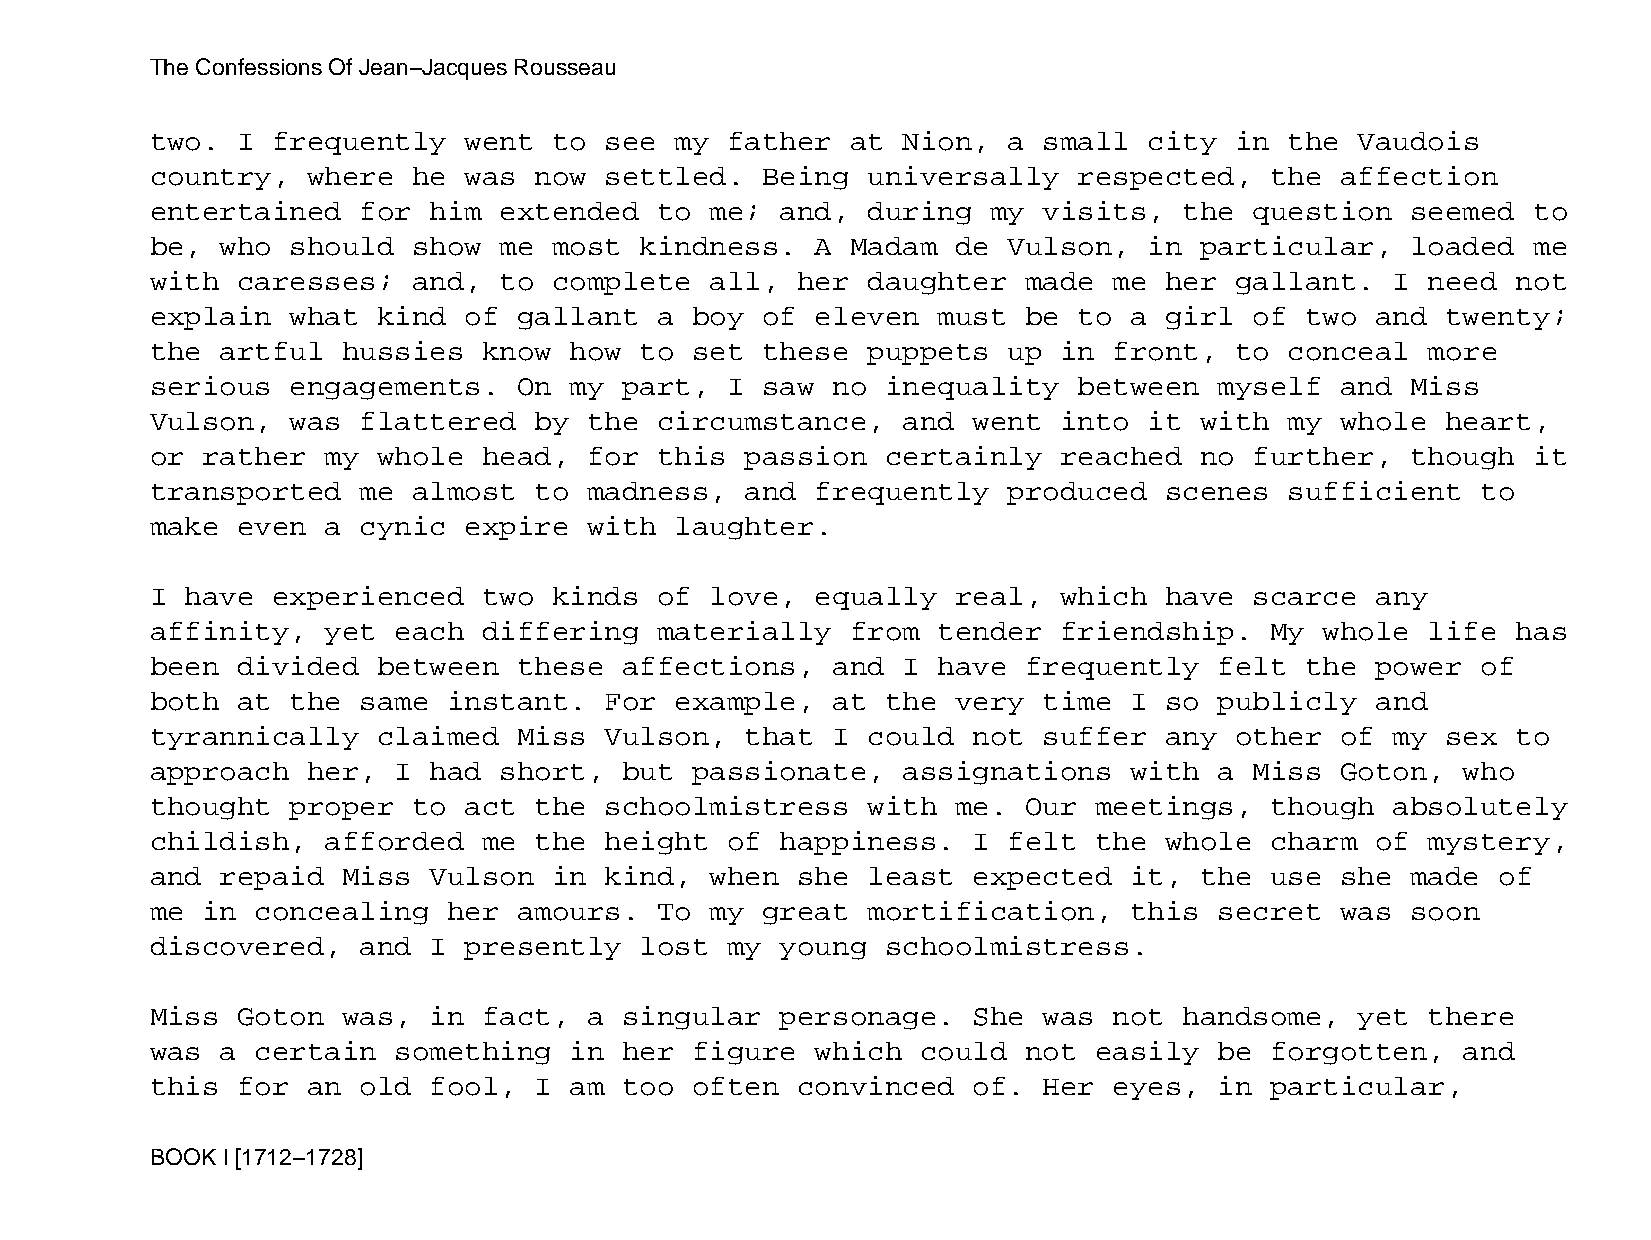
The Confessions Of Jean−Jacques Rousseau
 two.  I frequently   went  to see  my father  at  Nion,  a small  city  in the  Vaudois
 country,  where  he  was now  settled.  Being  universally   respected,   the  affection
 entertained   for him  extended   to me;  and, during   my visits,  the  question  seemed  to
 be,  who should  show  me  most kindness.   A Madam  de  Vulson,  in particular,   loaded  me
 with  caresses;  and,  to  complete  all,  her daughter   made  me her  gallant.  I  need not
 explain  what  kind  of gallant   a boy of  eleven  must  be to  a girl  of two  and  twenty;
 the  artful  hussies  know  how to  set these  puppets   up in  front,  to conceal   more
 serious  engagements.   On  my part,  I saw  no  inequality  between   myself  and Miss
 Vulson,  was  flattered  by  the  circumstance,   and went  into  it with  my  whole  heart,
 or rather   my whole  head,  for  this passion   certainly  reached  no  further,  though  it
 transported   me almost  to  madness,  and  frequently   produced  scenes  sufficient   to
 make  even  a cynic  expire  with  laughter.
 I have  experienced   two  kinds  of love,  equally  real,  which  have  scarce  any
 affinity,   yet each  differing   materially  from  tender  friendship.   My  whole  life has
 been  divided  between  these  affections,   and  I have  frequently   felt the  power  of
 both  at the  same  instant.  For  example,  at  the very  time  I so  publicly  and
 tyrannically   claimed  Miss  Vulson,  that  I could  not  suffer  any  other  of my  sex to
 approach  her,  I had  short,  but  passionate,   assignations   with  a Miss  Goton,  who
 thought  proper  to  act the  schoolmistress   with  me.  Our meetings,   though  absolutely
 childish,   afforded  me the  height  of  happiness.  I  felt the  whole  charm  of  mystery,
 and  repaid  Miss Vulson   in kind,  when  she least  expected   it, the  use  she made  of
 me in  concealing   her amours.   To my great  mortification,    this  secret  was soon
 discovered,   and I  presently  lost  my  young  schoolmistress.
 Miss  Goton  was, in  fact,  a singular   personage.  She  was  not handsome,   yet  there
 was  a certain  something   in her  figure  which  could  not easily   be forgotten,   and
 this  for an  old fool,  I  am too  often  convinced  of.  Her  eyes,  in particular,
 BOOK I [1712−1728]